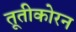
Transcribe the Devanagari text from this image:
तूतीकोरन